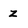
Character: z